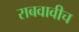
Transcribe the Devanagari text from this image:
राबवावीच